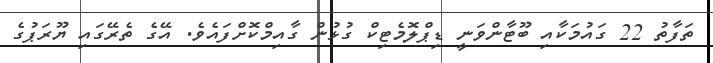
ތަފާތު 22 ގައުމަކާއި ބޫޓާންވަނީ ޑިޕްލޮމެޓިކް ގުޅުން ގާއިމްކޮށްފައެވެ. އޭގެ ތެރޭގައި ޔޫރަޕުގެ